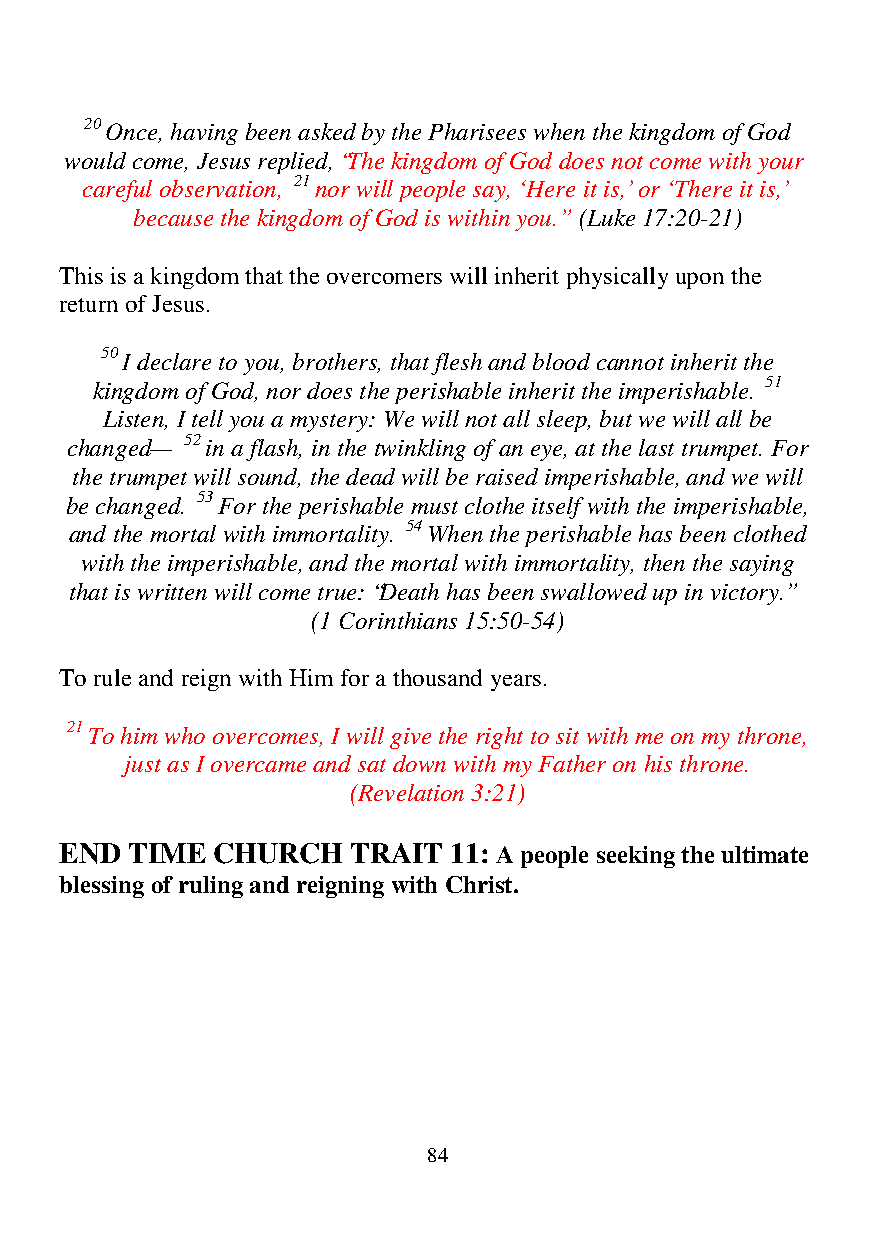
20 Once, having been asked by the Pharisees when the kingdom of God
 would come, Jesus replied, “The kingdom of God does not come with your
 careful observation, 21 nor will people say, ‘Here it is,’ or ‘There it is,’
 because the kingdom of God is within you.” (Luke 17:20-21)
 This is a kingdom that the overcomers will inherit physically upon the
 return of Jesus.
 50 I declare to you, brothers, that flesh and blood cannot inherit the
 kingdom of God, nor does the perishable inherit the imperishable. 51
 Listen, I tell you a mystery: We will not all sleep, but we will all be
 changed— 52 in a flash, in the twinkling of an eye, at the last trumpet. For
 the trumpet will sound, the dead will be raised imperishable, and we will
 be changed. 53 For the perishable must clothe itself with the imperishable,
 and the mortal with immortality. 54 When the perishable has been clothed
 with the imperishable, and the mortal with immortality, then the saying
 that is written will come true: “Death has been swallowed up in victory.”
 (1 Corinthians 15:50-54)
 To rule and reign with Him for a thousand years.
 21 To him who overcomes, I will give the right to sit with me on my throne,
 just as I overcame and sat down with my Father on his throne.
 (Revelation 3:21)
 END TIME  CHURCH   TRAIT  11: A people seeking the ultimate
 blessing of ruling and reigning with Christ.
 84